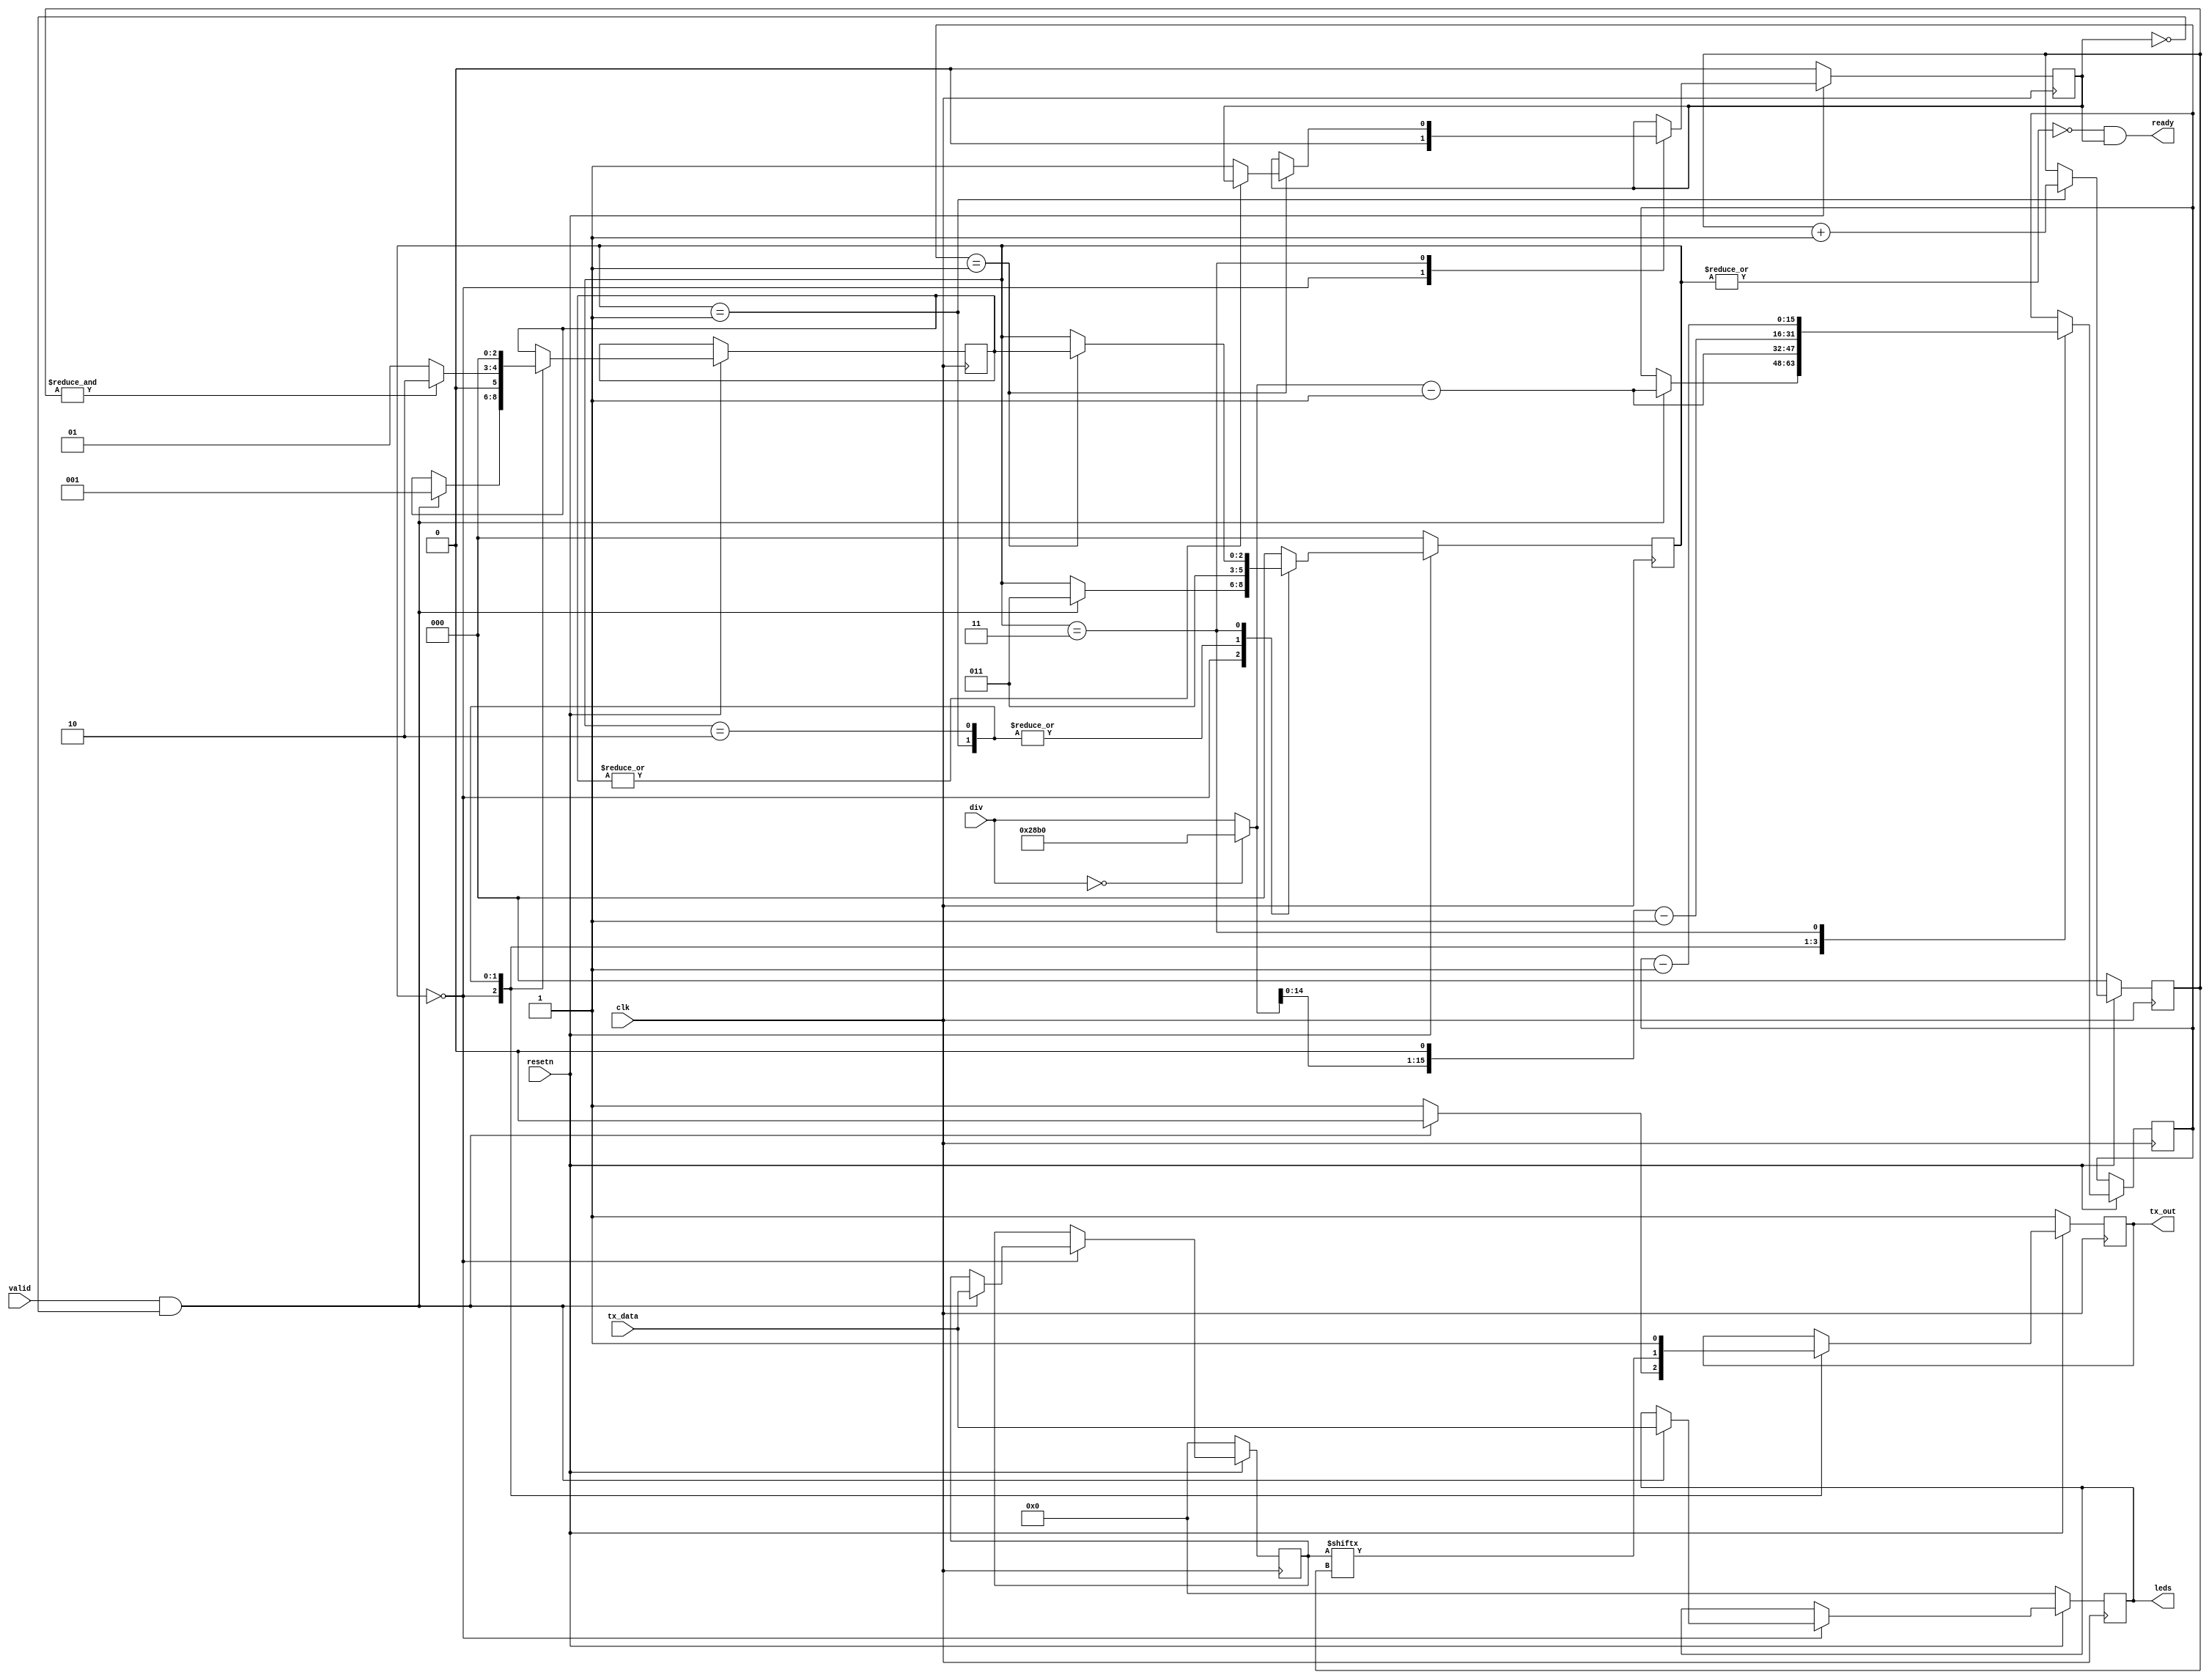
// This program was cloned from: https://github.com/FPGAwars/FLIX-V
// License: GNU Lesser General Public License v2.1

/*
 *  tx_uart - a simple tx uart
 *
 *  copyright (c) 2021  hirosh dabui <hirosh@dabui.de>
 *
 *  permission to use, copy, modify, and/or distribute this software for any
 *  purpose with or without fee is hereby granted, provided that the above
 *  copyright notice and this permission notice appear in all copies.
 *
 *  the software is provided "as is" and the author disclaims all warranties
 *  with regard to this software including all implied warranties of
 *  merchantability and fitness. in no event shall the author be liable for
 *  any special, direct, indirect, or consequential damages or any damages
 *  whatsoever resulting from loss of use, data or profits, whether in an
 *  action of contract, negligence or other tortious action, arising out of
 *  or in connection with the use or performance of this software.
 *
 */
`default_nettype none `timescale 1ns / 1ps
module tx_uart #(
        parameter SYSTEM_CLK = 100_000_000,
        parameter BAUDRATE   = 9600
    ) (
        input wire clk,
        input wire resetn,
        input wire valid,
        input wire [7:0] tx_data,
        input wire [15:0] div,  /* SYSTEM_CYCLES/BAUDRATE */
        output reg tx_out,
        output wire ready,
        output wire [7:0] leds
    );


    reg [2:0] state;
    reg [2:0] return_state;
    reg [2:0] bit_idx;
    reg [7:0] tx_data_reg;
    reg [7:0] leds_r;
    reg       txfer_done;

    //-- Conexion con los leds
    assign leds = leds_r;

    //assign ready = ~(|state) & /* valid & */ txfer_done;
    assign ready = ~(|state) &  /* valid & */ txfer_done;

    reg [15:0] wait_states;
    wire [15:0] CYCLES_PER_SYMBOL;
    assign CYCLES_PER_SYMBOL = div == 0 ? (SYSTEM_CLK / BAUDRATE) : div;

`ifdef SIM
    always @(posedge clk) begin
        if (ready) begin
            $write("%c", sim_tx_data);
            $fflush;
        end
    end
`endif

`ifdef SIM
    reg [7:0] sim_tx_data;
`endif
    always @(posedge clk) begin

        if (resetn == 1'b0) begin
            tx_out      <= 1'b1;
            state       <= 0;
            txfer_done  <= 1'b0;
            bit_idx     <= 0;
            tx_data_reg <= 0;
            leds_r <= 0;
            txfer_done  <= 0;
`ifdef SIM
            sim_tx_data <= 0;
`endif
        end else begin

            case (state)

                0: begin  /* idle */
                    txfer_done <= 1'b0;
                    if (valid & !txfer_done) begin
`ifdef SIM
                        sim_tx_data <= tx_data;
`endif
                        tx_out <= 1'b0;  /* start bit */
                        tx_data_reg <= tx_data;

                        //-- Mostrar dato enviado en los leds
                        leds_r <= tx_data;

                        wait_states <= CYCLES_PER_SYMBOL - 1;
                        return_state <= 1;
                        state <= 3;

                    end else begin
                        tx_out <= 1'b1;
                    end
                end

                1: begin
                    tx_out <= tx_data_reg[bit_idx];  /* lsb first */
                    bit_idx <= bit_idx + 1;

                    wait_states <= CYCLES_PER_SYMBOL - 1;
                    return_state <= &bit_idx ? 2 : 1;
                    state <= 3;
                end

                2: begin
                    tx_out <= 1'b1;  /* stop bit */

                    wait_states <= (CYCLES_PER_SYMBOL << 1) - 1;
                    return_state <= 0;
                    state <= 3;
                end

                3: begin  /* wait states */
                    wait_states <= wait_states - 1;
                    if (wait_states == 1) begin
                        if (~(|return_state)) txfer_done <= 1'b1;
                        state <= return_state;
                    end
                end

                default: begin
                    state <= 0;
                end

            endcase

        end
    end  /* !reset */

endmodule